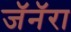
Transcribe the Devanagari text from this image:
जॅनॅरा